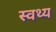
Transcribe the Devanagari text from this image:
स्वथ्य